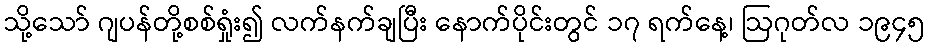
သို့သော် ဂျပန်တို့စစ်ရှုံး၍ လက်နက်ချပြီး နောက်ပိုင်းတွင် ၁၇ ရက်နေ့၊ ဩဂုတ်လ ၁၉၄၅